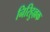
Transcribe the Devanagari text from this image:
निरिहुल्लक